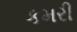
કમરી